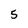
Character: 5